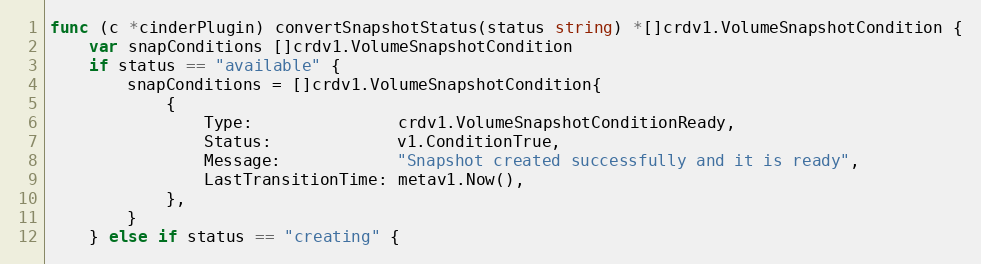
Language: Go
func (c *cinderPlugin) convertSnapshotStatus(status string) *[]crdv1.VolumeSnapshotCondition {
	var snapConditions []crdv1.VolumeSnapshotCondition
	if status == "available" {
		snapConditions = []crdv1.VolumeSnapshotCondition{
			{
				Type:               crdv1.VolumeSnapshotConditionReady,
				Status:             v1.ConditionTrue,
				Message:            "Snapshot created successfully and it is ready",
				LastTransitionTime: metav1.Now(),
			},
		}
	} else if status == "creating" {